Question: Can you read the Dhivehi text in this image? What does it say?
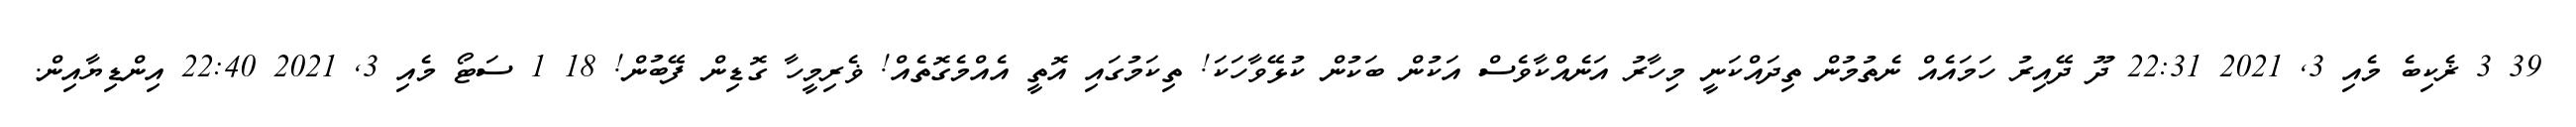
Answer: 39 3 ޜެކިބެ މެއި 3, 2021 22:31 ދޫ ދޭއިރު ހަމައެއް ނެތުމުން ތިދައްކަނީ މިހާރު އަނެއްކާވެސް އަކުން ބަކުން ކުޅޭވާހަކަ! ތިކަމުގައި އޮތީ އެއްމެގޮތެއް! ޥެރިމީހާ ގޮޑިން ފޭބުން! 18 1 ސަޓޯ މެއި 3, 2021 22:40 އިންޑިޔާއިން.